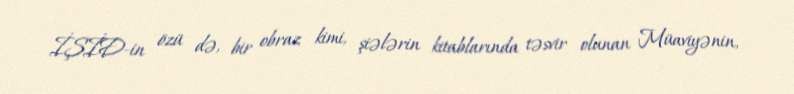
İŞİD-in özü də, bir obraz kimi, şiələrin kitablarında təsvir olunan Müaviyənin,